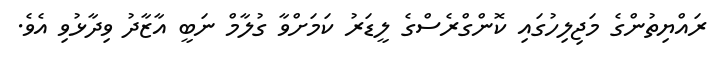
ރައްޔިތުންގެ މަޖިލިހުގައި ކޮންގްރެސްގެ ލީޑަރު ކަމަށްވާ ގުލާމް ނަބީ އާޒާދު ވިދާޅުވި އެވެ.